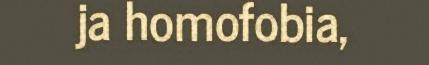
ja homofobia,